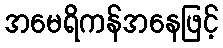
အမေရိကန်အနေဖြင့်